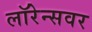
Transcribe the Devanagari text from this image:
लॉरेन्सवर